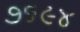
૭૬૯૪